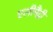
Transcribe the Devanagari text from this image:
एलीमैंट्री